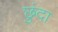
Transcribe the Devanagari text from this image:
छुंदा